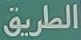
الطريق